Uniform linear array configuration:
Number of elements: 48
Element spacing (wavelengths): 0.25
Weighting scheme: exponential
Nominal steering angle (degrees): -30
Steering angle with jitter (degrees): -28.859
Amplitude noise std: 0.05
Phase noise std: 0.05

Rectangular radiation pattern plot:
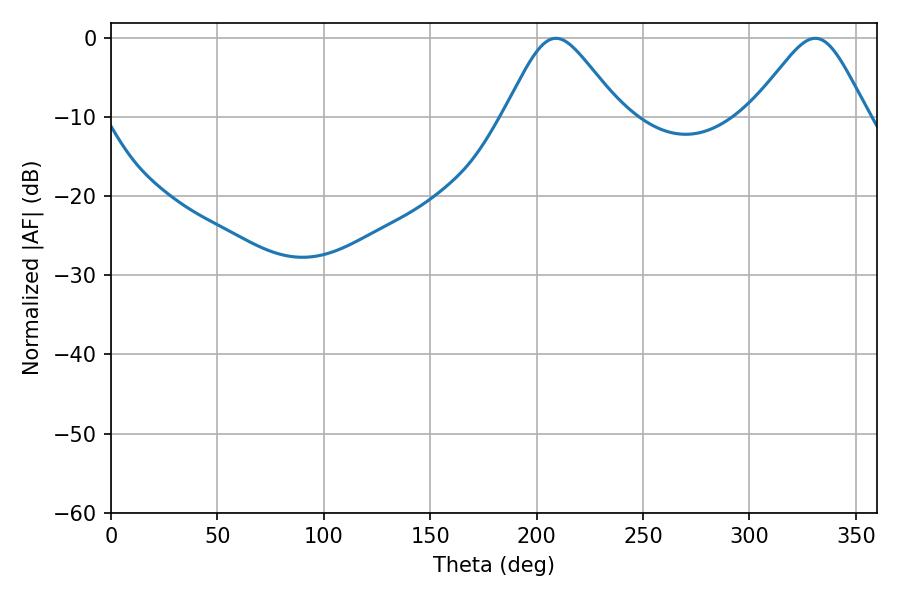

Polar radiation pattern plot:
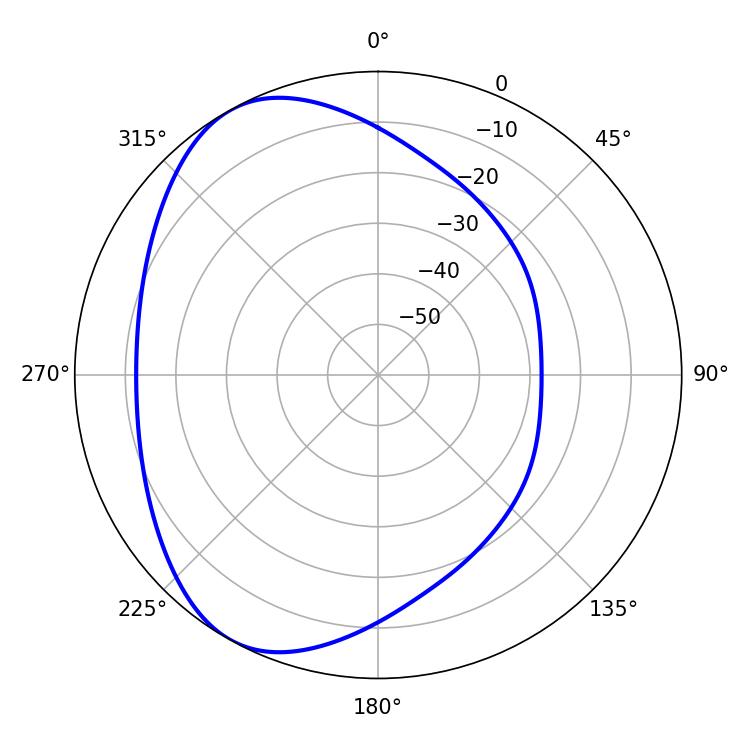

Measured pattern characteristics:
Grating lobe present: FALSE
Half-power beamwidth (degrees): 26.64
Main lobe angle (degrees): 208.98